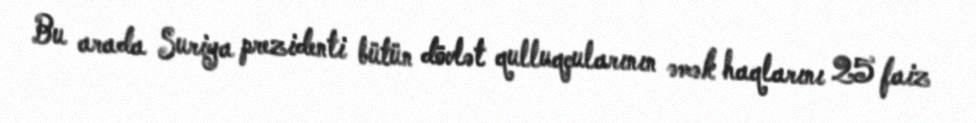
Bu arada Suriya prezidenti bütün dövlət qulluqçularının əmək haqlarını 25 faiz